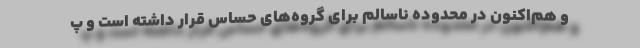
و هم‌اکنون در محدوده ناسالم برای گروه‌های حساس قرار داشته است و پ